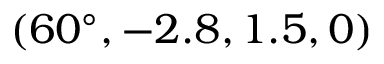
( 6 0 ^ { \circ } , - 2 . 8 , 1 . 5 , 0 )